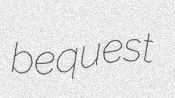
bequest